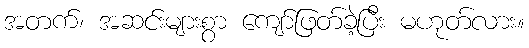
အတက်၊ အဆင်းများစွာ ကျော်ဖြတ်ခဲ့ပြီး မဟုတ်လား။